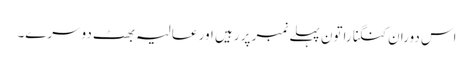
اس دوران کنگنا راتون پہلے نمبر پر رہیں اور عالیہ بھٹ دوسرے۔